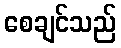
စေချင်သည်